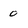
Character: 0